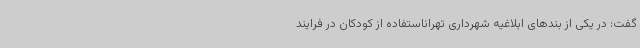
گفت: در یکی از بندهای ابلاغیه شهرداری تهراناستفاده از کودکان در فرایند